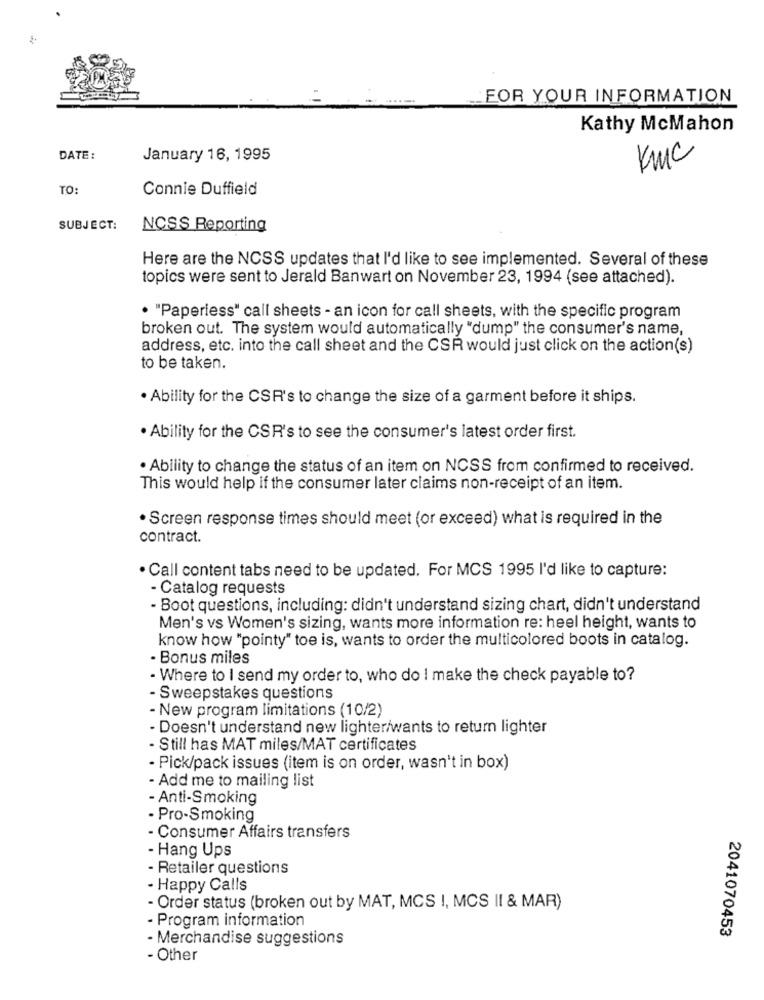
FOR YOUR INFORMATION
Kathy McMahon
DATE:
January 16, 1995
KMc
TO:
Connie Duffield
SUBJECT:
NCSS Reporting
Here are the NCSS updates that I'd like to see implemented. Several of these
topics were sent to Jerald Banwart on November 23, 1994 (see attached).
. "Paperless" call sheets - an icon for call sheets, with the specific program
broken out. The system would automatically "dump" the consumer's name,
address, etc. into the call sheet and the CSR would just click on the action(s)
to be taken.
. Ability for the CSR's to change the size of a garment before it ships.
. Ability for the CSR's to see the consumer's latest order first.
· Ability to change the status of an item on NCSS from confirmed to received.
This would help if the consumer later claims non-receipt of an item.
. Screen response times should meet (or exceed) what is required in the
contract.
· Call content tabs need to be updated. For MCS 1995 I'd like to capture:
- Catalog requests
- Boot questions, including: didn't understand sizing chart, didn't understand
Men's vs Women's sizing, wants more information re: heel height, wants to
know how "pointy" toe is, wants to order the multicolored boots in catalog.
· Bonus miles
· Where to I send my order to, who do I make the check payable to?
- Sweepstakes questions
- New program limitations (10/2)
· Doesn't understand new lighter/wants to return lighter
- Still has MAT miles/MAT certificates
· Pick/pack issues (item is on order, wasn't in box)
- Add me to mailing list
- Anti-Smoking
· Pro-Smoking
- Consumer Affairs transfers
- Hang Ups
- Retailer questions
· Happy Calls
- Order status (broken out by MAT, MCS !, MCS II & MAR)
- Program information
2041070453
· Merchandise suggestions
- Other